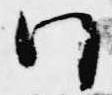
門